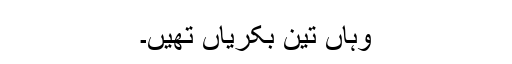
وہاں تین بکریاں تھیں۔